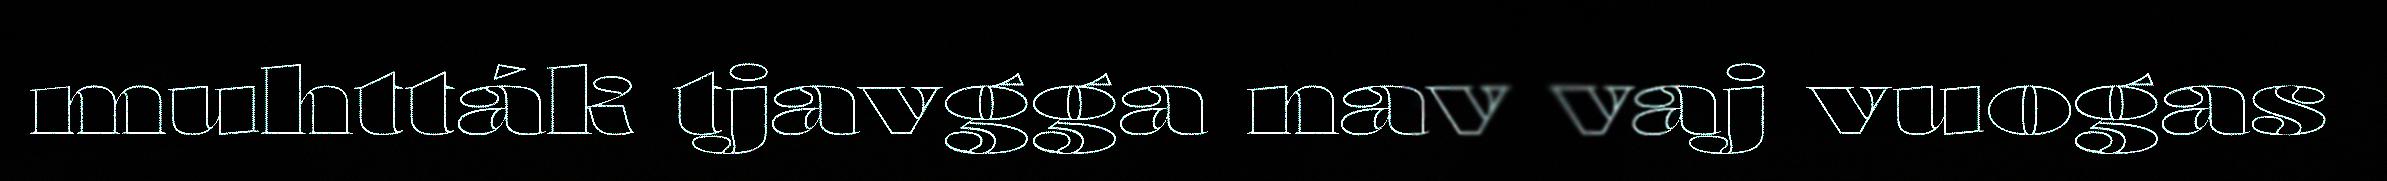
muhtták tjavgga nav vaj vuogas